画像に写った文字を読んでください
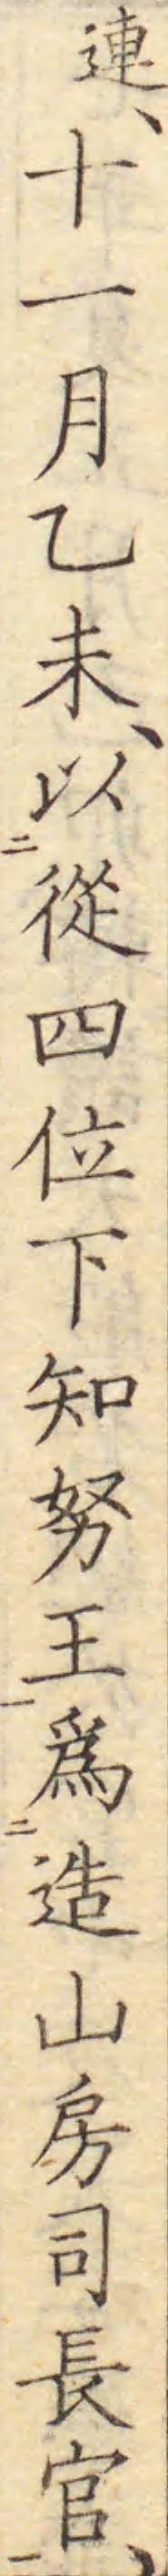
「連、十一月乙未、以從四位下知努王爲造山房司長官、」と書いてあります